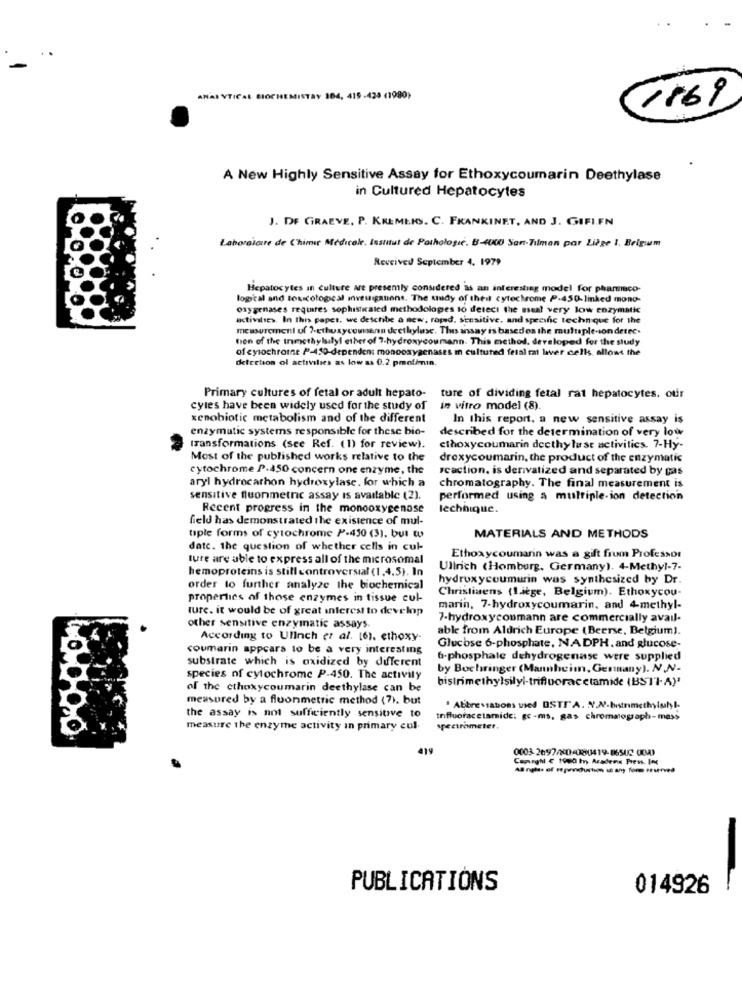
ANALYTICAL BIOCHEMISTRY 104, 415 -425 (1990)
116)
A New Highly Sensitive Assay for Ethoxycoumarin Deethylase
in Cultured Hepatocytes
J. DE GRAEVE. P. KREMERS. C. FRANKINET, AND J. GIFIFN
Laboralcure de Chimir Médicole, Institut de Pathologie. B-4000 San-Tilmen par Liège 1. Brigum
Reveived September 4. 1979
Hepatocytes in culture are presently considered as an interesting model for pharmaco-
logical and toxicological investigations. The study of theit cytochrome P.450-linked mono-
oxygenases requires sophisticated methodolopes to detect the sua! very low enzymatic
activities. In this paper. we describe a new, roped. sensitive, and specific technique for the
measurement uf ?- ethuxycowann deethyluse. This anssay is basedon the multiple-sondetec.
tion of the trimethylsilyl ether of 7-hydroxycoumann. This method. developed for the study
of cytochrome P-450-dependent monooxygenases m cultured fetal rat laver cells allows the
detection of activities as low as 0.2 pmol/min.
Primary cultures of fetal or adult hepato- ture of dividing fetal rat hepatocytes. our
cyles have been widely used for the study of
in vitro model (8).
xenobiotic metabolism and of the different
In this report, a new sensitive assay is
enzymatic systems responsible for these bio-
described for the determination of very low
transformations (see Ref. (1) for review).
ethoxycoumarin deethy lust activities. 7-Hy-
Most of the published works relative to the
droxycoumarin, the product of the enzymatic
cytochrome P.450 concern one enzyme, the
reaction, is derivatized and separated by pas
aryl hydrocarbon hydroxylase. for which a
chromatography. The final measurement is
sensitive fluonmetre assay is available (2).
performed using a multiple-ion detection
Recent progress in the monooxygenase
lechhique.
field has demonstrated the existence of mul-
tiple forms of cytochrome P-450 (3). but wo
MATERIALS AND METHODS
date. the question of whether cells in cul-
ture are able to express all of the microsomal
Ethoxycoumarin was a gift frum Professor
hemoproteins is still controversial (1,4,5). In
Ullrich (Homburg, Germany). 4-Methyl-7.
hydroxycoumurin was synthesized by Dr.
order to further analyze the biochemical
Christiaens (Liege, Belgium). Ethoxycou-
properties of those enzymes in tissue cul-
ture. it would be of great interest to develop
marin, 7-hydroxycoumarin, and 4-methyl-
7-hydroxyconmann are commercially avail-
other sensitive enzymatic assays.
able from Aldrich Europe {Beerse, Belgium).
According to UlInch et al. (6), ethoxy-
coumarin appears to be a very interesting
Glucose 6-phosphate, NADPH. and glucose-
substrate which is oxidized by different
6-phosphate dehydrogenase were supplied
by Bochringer (Mannheim, Germany). N.N-
species of cytochrome P-450. The activity
bistrimethylsilyl-trifluoracetamide (BSTI-A)
of the ethoxycoumarin deethylase can be
measured by a fluonmetric method (7), but
. Abbreviations vied OSTI' A. N.N-btnmethyluhl
the assay is not sufficiently sensitive to
tnfluoracetamide: gc-ms, gas chromatograph-mass
measure the enzyme activity in primary cul.
spectrometer.
419
0003 2697/20-080419-86502 0043
Carghi € 1900 hy Aradens Press. Ing
PUBLICATIONS
014926